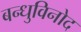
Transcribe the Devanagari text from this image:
बन्धुविनोद